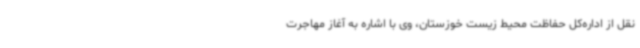
نقل از اداره‌کل حفاظت محیط زیست خوزستان، وی با اشاره به آغاز مهاجرت